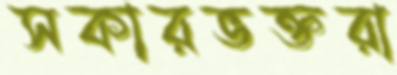
সকারভক্তরা